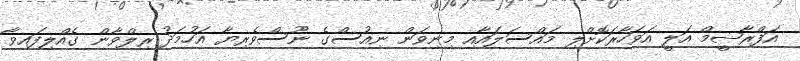
އަފްރާޝީމް އަލީ އަވަހާރަކޮށްލި މައްސަލައާއި މިނިވަން ނިއުސްގެ ނޫސްވެރިޔާ އަހުމަދު ރިލްވާން ގެއްލިފައިވާ